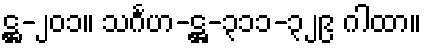
ဋ္ဌ-၂၀၁။ သင်္ဂဟ-ဋ္ဌ-၃၁၁-၃၂၉ ဂါထာ။